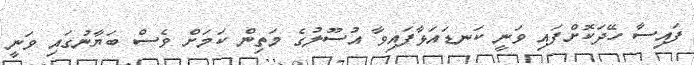
ފައިސާ ހޭދަކޮށްފައި ވަނީ ކަނޑައަޅާފައިވާ އުސޫލުގެ މަތިން ކަމަށް ވެސް ބަޔާނުގައި ވަނީ